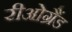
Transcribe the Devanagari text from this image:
रीओग्रैंड